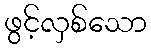
ဖွင့်လှစ်သော